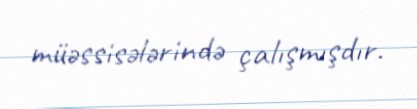
müəssisələrində çalışmışdır.